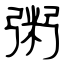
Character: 粥